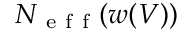
N _ { \mathrm { ~ e ~ f ~ f ~ } } ( w ( V ) )